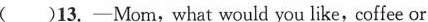
( )13. -Mom,what would you like, coffee or